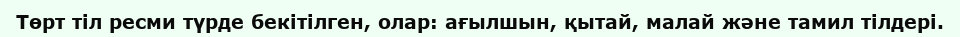
Төрт тіл ресми түрде бекітілген, олар: ағылшын, қытай, малай және тамил тілдері.